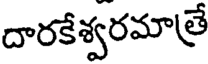
దారకేశ్వరమాత్రే